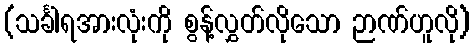
(သင်္ခါရအားလုံးကို စွန့်လွှတ်လိုသော ဉာဏ်ဟူလို)